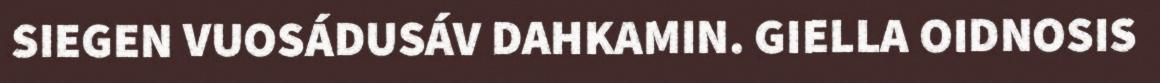
SIEGEN VUOSÁDUSÁV DAHKAMIN. GIELLA OIDNOSIS